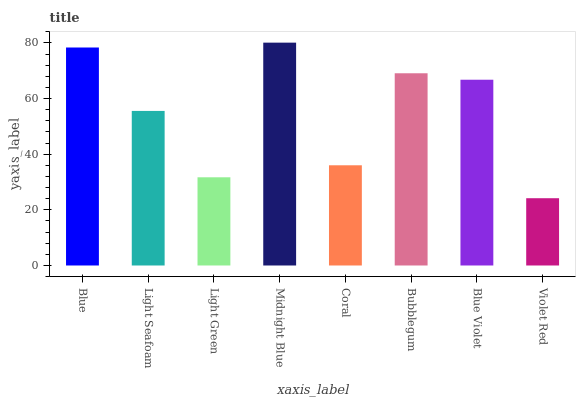
| xaxis_label | bars |
 | --- | --- |
 | Blue | 78.4 |
 | Light Seafoam | 55.6 |
 | Light Green | 31.7 |
 | Midnight Blue | 80.1 |
 | Coral | 36 |
 | Bubblegum | 69.1 |
 | Blue Violet | 66.8 |
 | Violet Red | 24.2 |